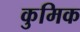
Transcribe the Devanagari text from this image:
कुमिक